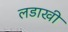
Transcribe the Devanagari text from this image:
लडाखी